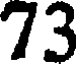
73